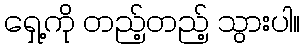
ရှေ့ကို တည့်တည့် သွားပါ။